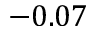
- 0 . 0 7